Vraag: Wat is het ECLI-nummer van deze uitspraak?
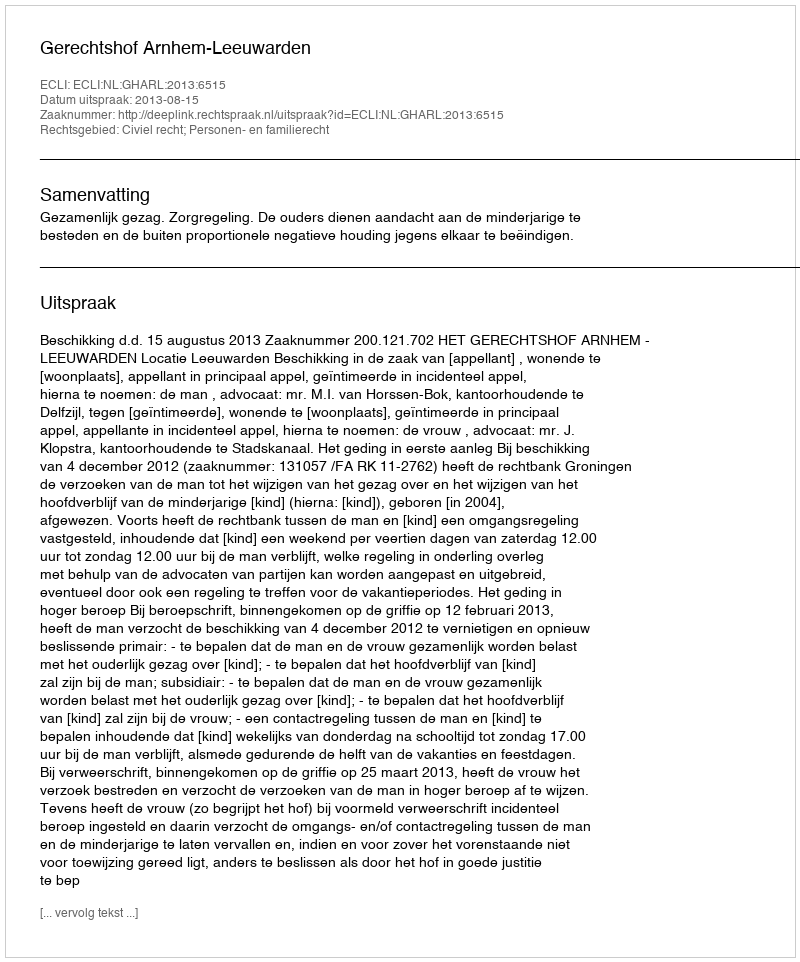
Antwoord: ECLI:NL:GHARL:2013:6515